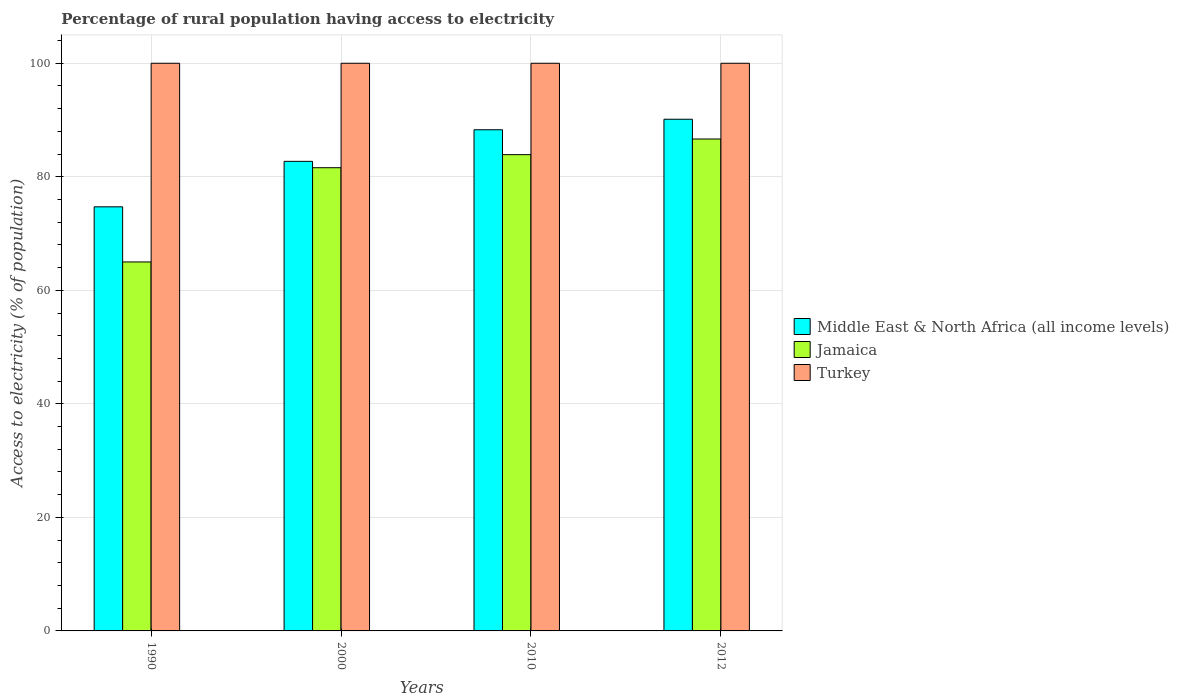
| Years | Middle East & North Africa (all income levels) | Jamaica | Turkey |
 | --- | --- | --- | --- |
 | 1990 | 74.7 | 65 | 100 |
 | 2000 | 82.7 | 81.6 | 100 |
 | 2010 | 88.3 | 83.9 | 100 |
 | 2012 | 90.1 | 86.7 | 100 |